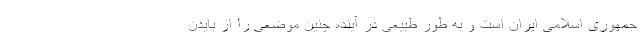
جمهوری اسلامی ایران است و به طور طبیعی در آینده چنین موضعی را از بایدن